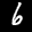
Label: 6